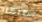
ستنهار